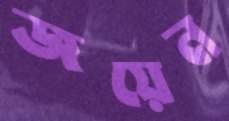
জয়েন